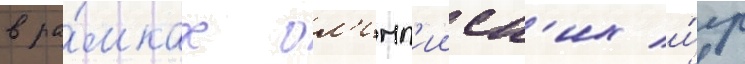
в ра́мках ол'имп'ииск'их и́гр